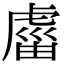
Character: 𧇏